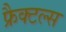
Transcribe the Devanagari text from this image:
फ्रैक्टल्स